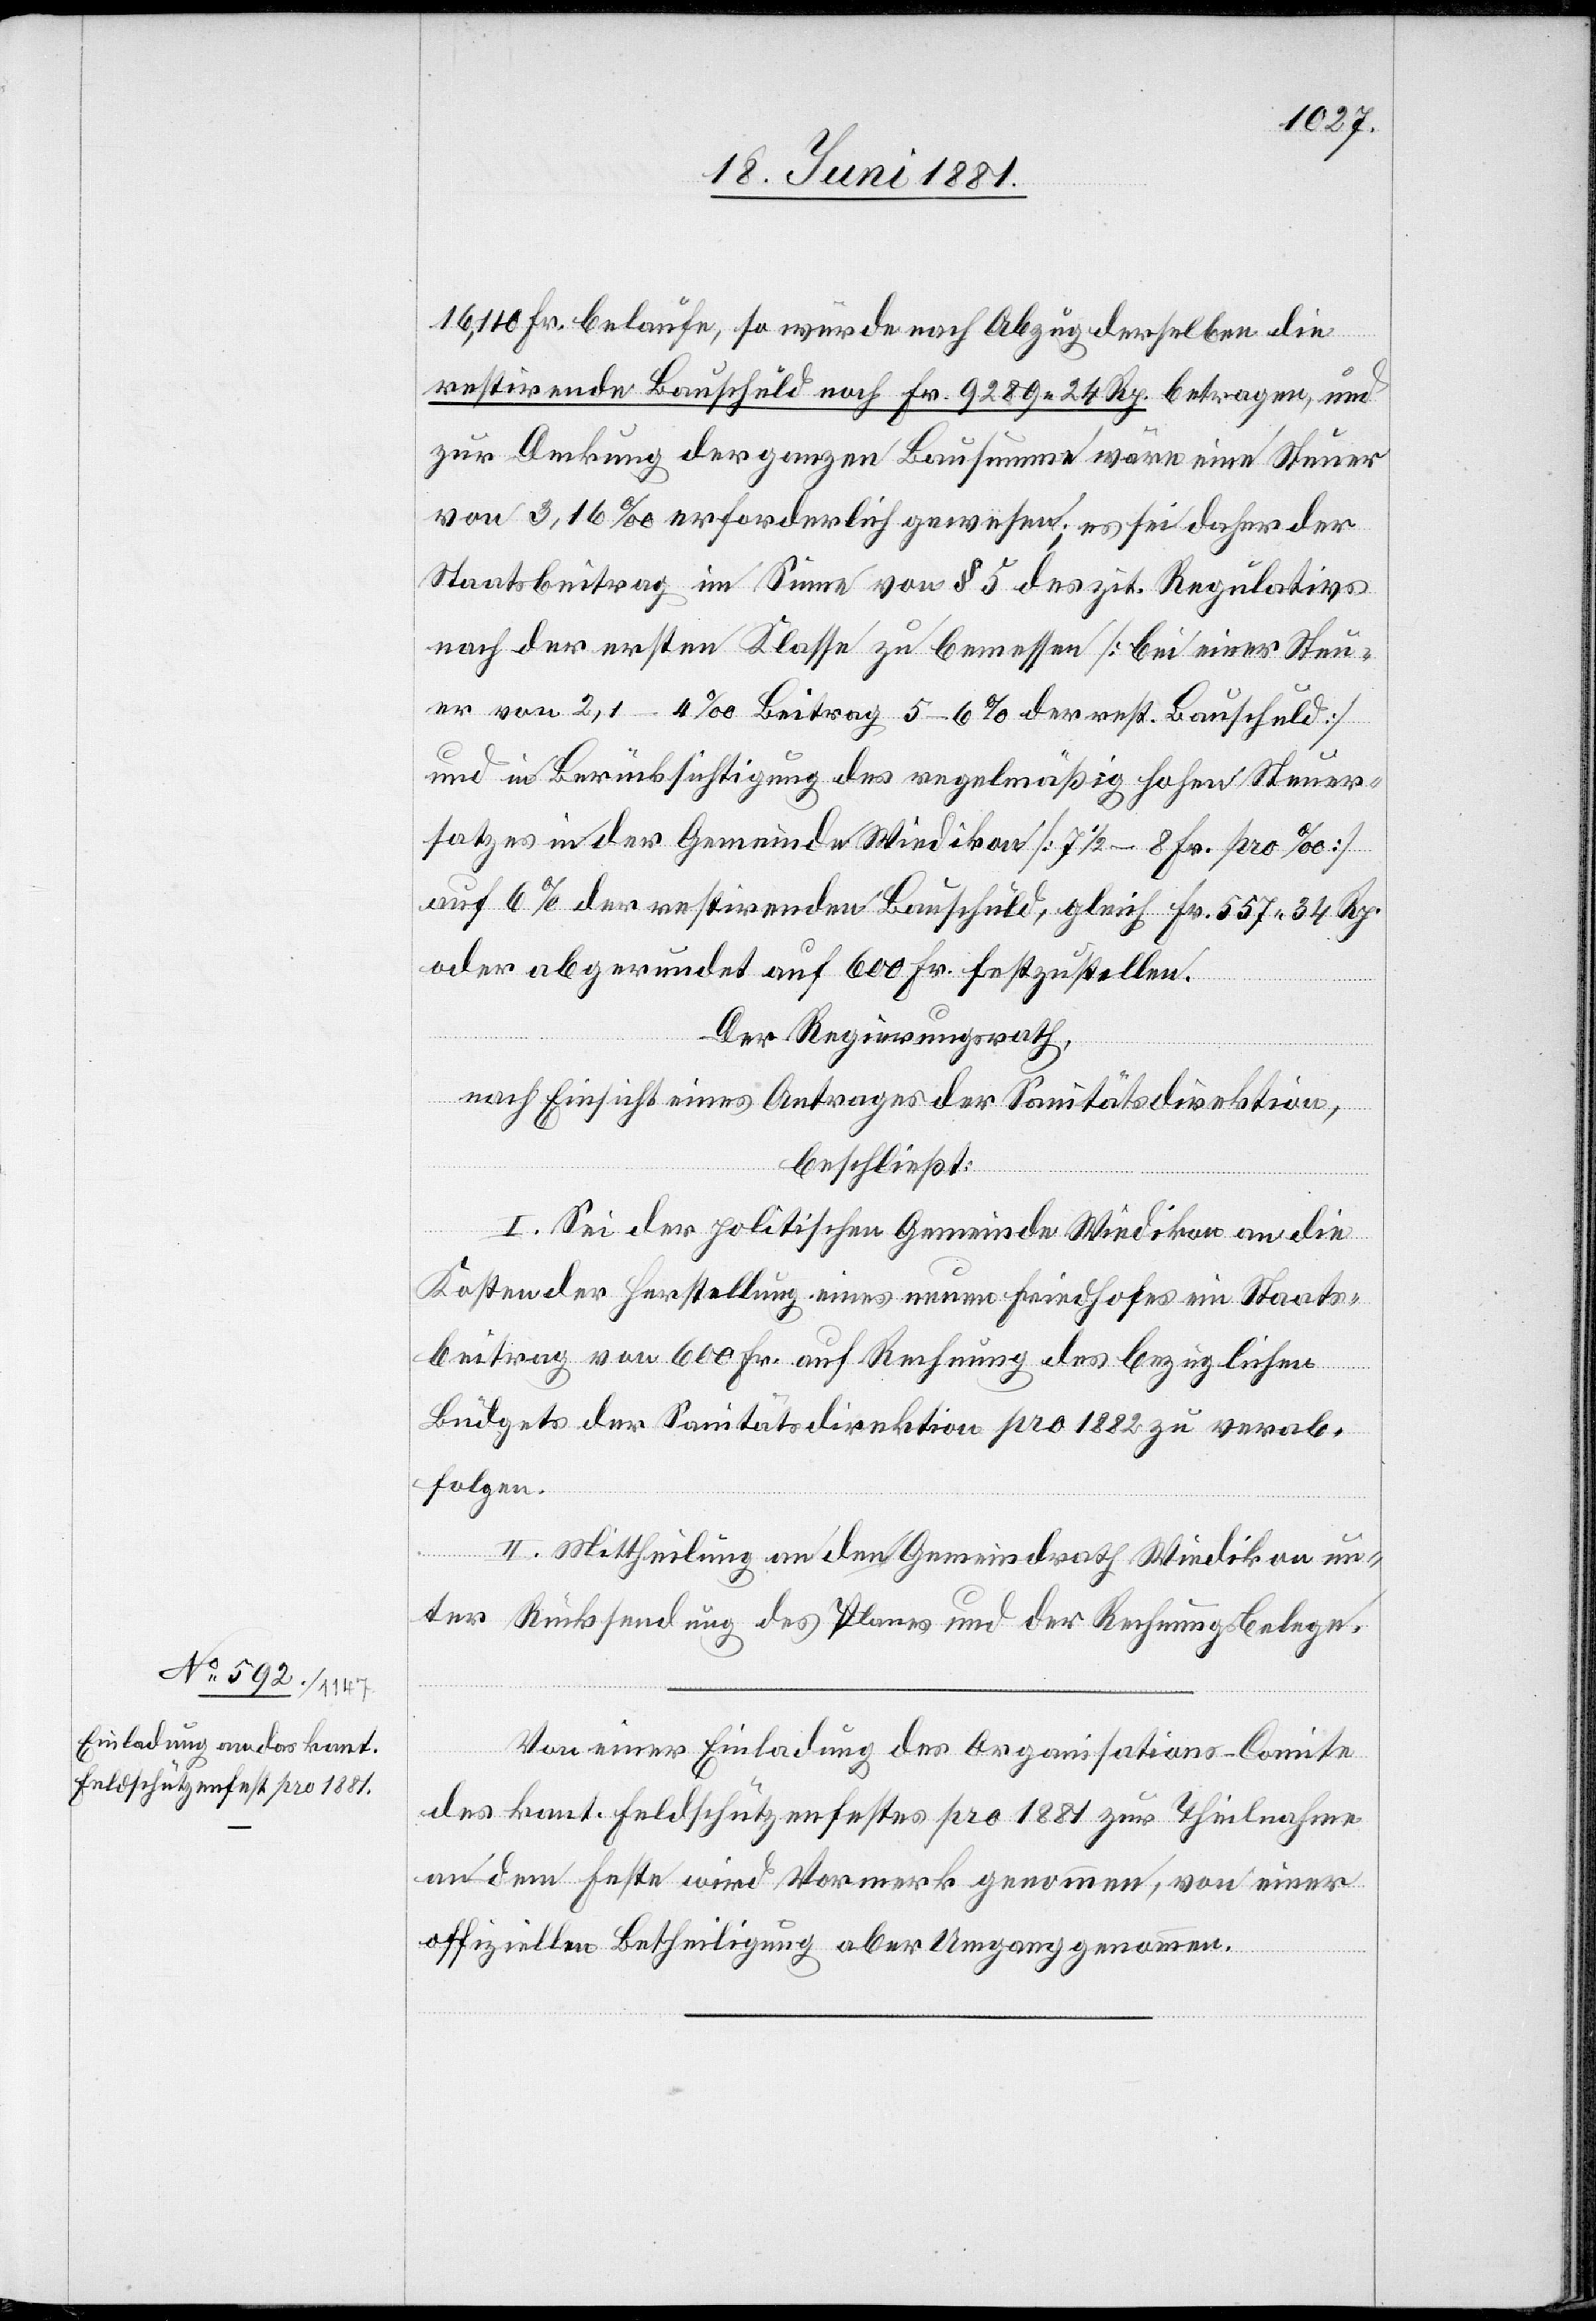
16,110 Fr. belaufe, so würde nach Abzug derselben die
restirende Bauschuld noch Fr. 9289 24 Rp. betragen, und
zur Deckung der ganzen Bausumme wäre eine Steuer
von 3,16‰ erforderlich gewesen; es sei daher der
Staatsbeitrag im Sinne von § 5 des zit. Regulativs
nach der ersten Klasse zu bemessen [bei einer Steu¬
er von 2,1–4‰ Beitrag 5–6% der rest. Bauschuld]
und in Berücksichtigung des regelmäßig hohen Steuer¬
satzes in der Gemeinde Wiedikon [7 1/2–8 Fr. pro ‰]
auf 6% der restirenden Bauschuld, gleich Fr. 557 34 Rp.
oder abgerundet auf 600 Fr. festzustellen.
Der Regierungsrath,
nach Einsicht eines Antrages der Sanitätsdirektion,
beschließt:
I. Sei der politischen Gemeinde Wiedikon an die
Kosten der Herstellung eines neuen Friedhofes ein Staats¬
beitrag von 600 Fr. auf Rechnung des bezüglichen
Budgets der Sanitätsdirektion pro 1882 zu verab¬
folgen.
II. Mittheilung an den Gemeindrath Wiedikon un¬
ter Rücksendung des Planes und der Rechnungsbelege.
Von einer Einladung des Organisations-Comite
des kant. Feldschützenfestes pro 1881 zur Theilnahme
an dem Feste wird Vormerkt genommen, von einer
offiziellen Betheiligung aber Umgang genommen.